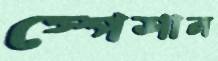
স্পেশাল